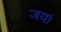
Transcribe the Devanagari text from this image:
जयां